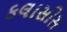
કલાસીસ